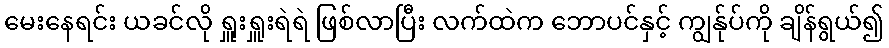
မေးနေရင်း ယခင်လို ရှူးရှူးရဲရဲ ဖြစ်လာပြီး လက်ထဲက ဘောပင်နှင့် ကျွန်ုပ်ကို ချိန်ရွယ်၍